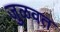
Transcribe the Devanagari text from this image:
जुळवत